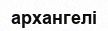
архангелі